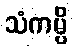
သံကမ္ပိ